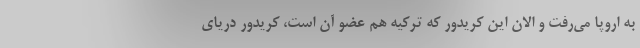
به اروپا می‌رفت و الان این کریدور که ترکیه هم عضو آن است، کریدور دریای